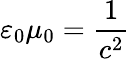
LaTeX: \varepsilon_{0}\mu_{0}={\frac{1}{c^{2}}}